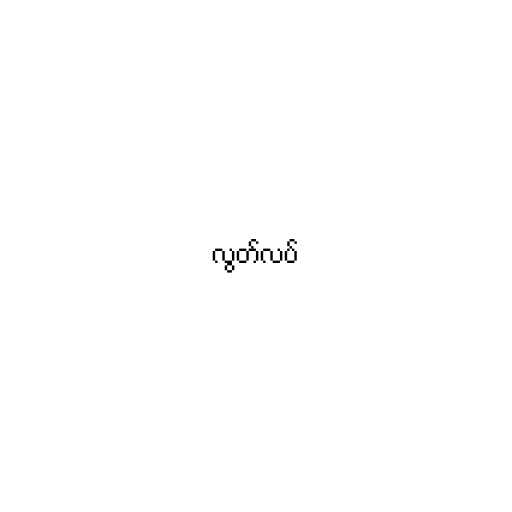
လွတ်လပ်